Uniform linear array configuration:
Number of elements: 64
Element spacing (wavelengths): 0.25
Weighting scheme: hann
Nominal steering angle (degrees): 45
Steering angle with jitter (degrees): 46.371
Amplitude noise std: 0.05
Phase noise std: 0.05

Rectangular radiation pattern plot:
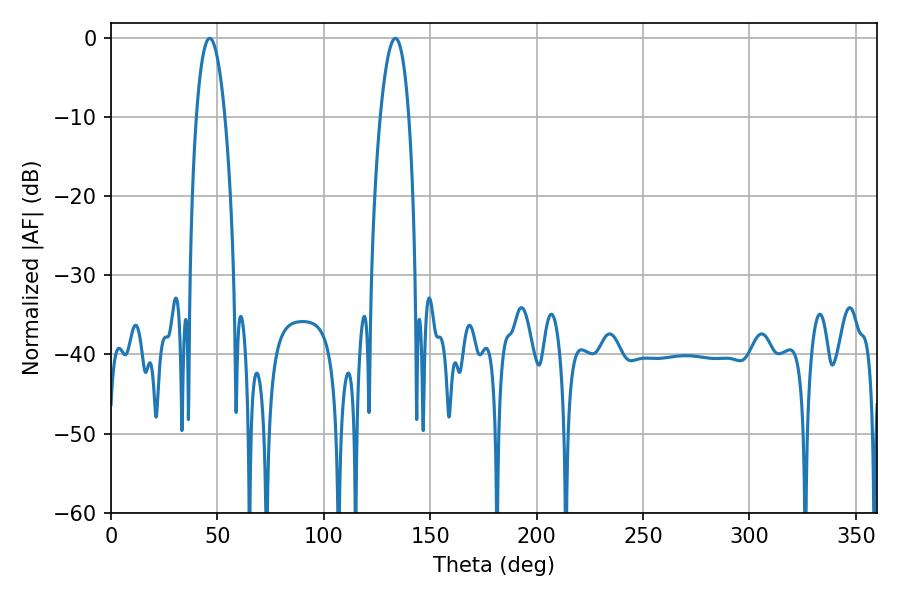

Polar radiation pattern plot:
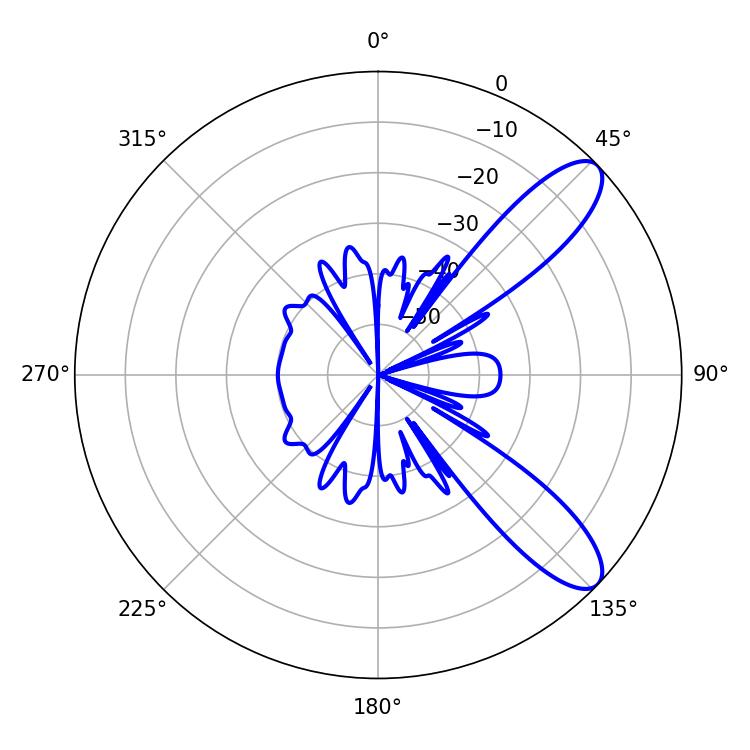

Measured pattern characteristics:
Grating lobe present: FALSE
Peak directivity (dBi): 9.95
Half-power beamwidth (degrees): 7.38
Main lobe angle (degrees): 133.56